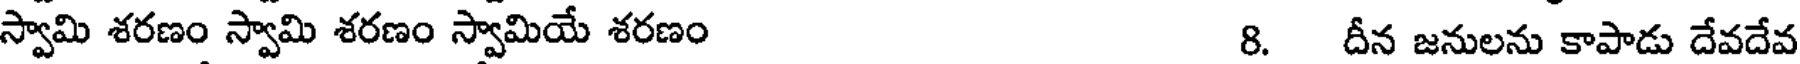
స్వామి శరణం స్వామి శరణం స్వామియే శరణం 8. దీన జనులను కాపాడు దేవదేవ